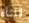
قلناه